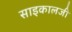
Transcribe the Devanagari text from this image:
साइकालजी